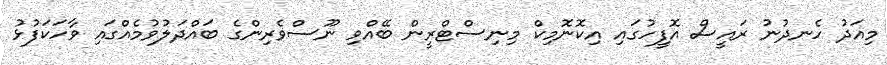
މިއަދު ހެނދުނު ރައީސް އޮފީހުގައި އިކޮނޮމިކް މިނިސްޓްރީން ބޭއްވި ނޫސްވެރިންގެ ބައްދަލުވުމެއްގައި ވާހަކަފުޅު